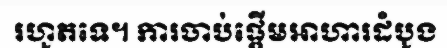
រហូតទេ។ ការចាប់ផ្តើមអាហារដំបូង